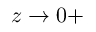
z \to 0 +